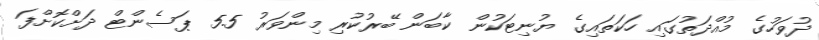
ދުވަހުގެ މުއްދަތުގައި ހަކަތައިގެ ޔުނިޓަކުން ކާބަން ބޭރުކުރި މިންވަރު 5.5 ޕަސެންޓް ދަށްކޮށްފަ